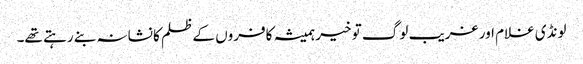
لونڈی غلام اور غریب لوگ تو خیر ہمیشہ کافروں کے ظلم کا نشانہ بنے رہتے تھے۔